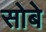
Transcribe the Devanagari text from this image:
सोबे